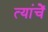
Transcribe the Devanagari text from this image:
त्यांचेेें